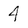
Character: 4